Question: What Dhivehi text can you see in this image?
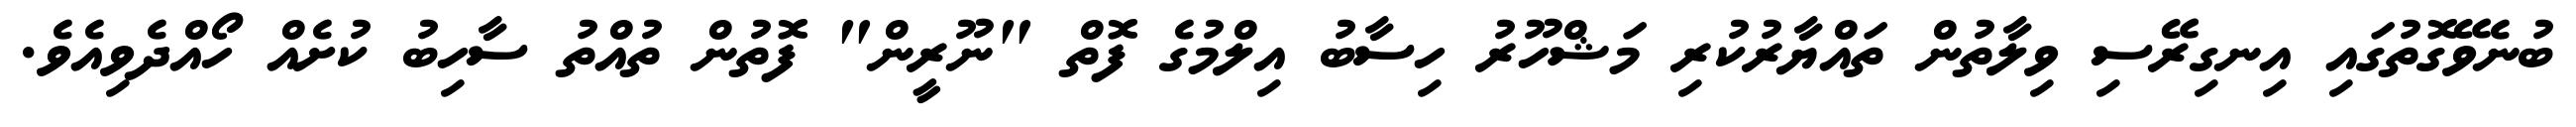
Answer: ބުނެވޭގޮތުގައި އިނގިރޭސި ވިލާތުން ތައްޔާރުކުރި މަޝްހޫރު ހިސާބު އިލްމުގެ ފޮތް "ނޫރީން" ފޮތުން ތުއްތު ސާހިބު ކުށެއް ހޯއްދެވިއެވެ.